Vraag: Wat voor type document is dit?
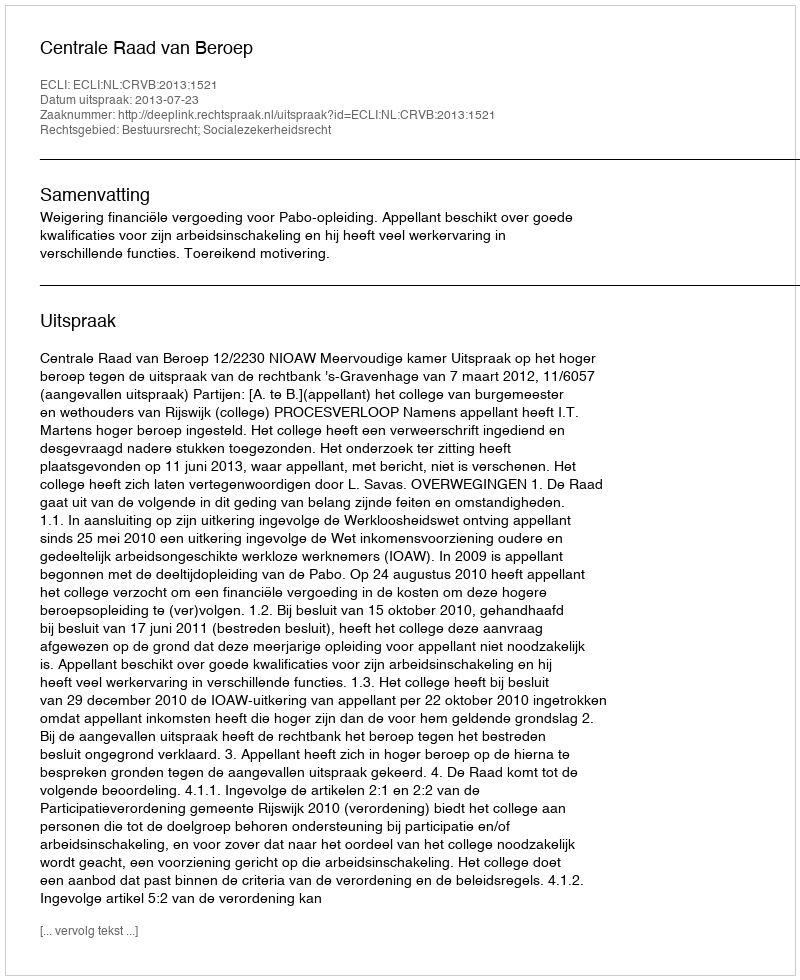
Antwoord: Uitspraak